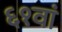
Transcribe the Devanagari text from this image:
६१वां